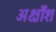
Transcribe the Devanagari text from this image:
अक्षाँश